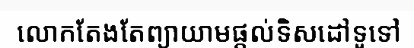
លោកតែងតែព្យាយាមផ្តល់ទិសដៅទូទៅ